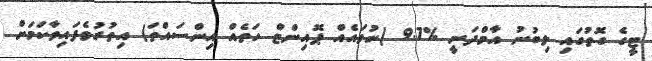
ޓީގެ ގޮތުގައި ލިބުނު އާމްދަނީ %9.7 (ނުވައެއް ޕޮއިންޓް ހަތެއް އިންސައްތަ) އިތުރުވެފައިވާކަމަށް